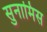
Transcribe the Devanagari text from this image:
सुनामिस